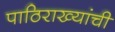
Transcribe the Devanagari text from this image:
पाठिराख्यांची